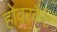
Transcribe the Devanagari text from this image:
होवरकैट